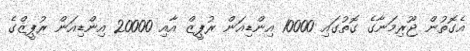
އެގޮތުން ޖޫރިމަނާގެ ގޮތުގައި 10000 އިންޑިއަން ރުޕީޒް އާއި 20000 އިންޑިއަން ރުޕީޒްގެ